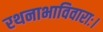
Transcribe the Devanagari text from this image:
रथनाभाविवाराः।